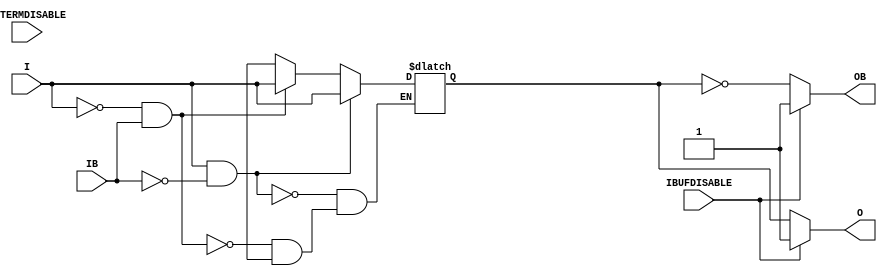
///////////////////////////////////////////////////////////////////////////////
// Copyright (c) 1995/2011 Xilinx, Inc.
// All Right Reserved.
///////////////////////////////////////////////////////////////////////////////
//   ____  ____
//  /   /\/   /
// /___/  \  /    Vendor : Xilinx
// \   \   \/     Version : 10.1
//  \   \         Description : Xilinx Functional Simulation Library Component
//  /   /                  Differential Signaling Input Buffer with Differential Outputs
// /___/   /\     Filename : IBUFDS_DIFF_OUT_INTERMDISABLE.v
// \   \  /  \    Timestamp : Wed Apr 20 17:49:56 PDT 2011
//  \___\/\___\
//
// Revision:
//    04/20/11 - Initial version.
//    06/15/11 - CR 613347 -- made ouput logic_1 when IBUFDISABLE is active
//    08/31/11 - CR 623170 -- added attribute USE_IBUFDISABLE
// End Revision

`timescale  1 ps / 1 ps


module IBUFDS_DIFF_OUT_INTERMDISABLE (O, OB, I, IB, IBUFDISABLE, INTERMDISABLE);

    parameter DIFF_TERM = "FALSE";
    parameter IBUF_LOW_PWR = "TRUE";
    parameter IOSTANDARD = "DEFAULT";
    parameter USE_IBUFDISABLE = "TRUE";

    output O; 
    output OB;

    input I;
    input IB;
    input IBUFDISABLE;
    input INTERMDISABLE;

    reg  o_out;

    initial begin
        case (DIFF_TERM)

            "TRUE", "FALSE" : ;
            default : begin
                          $display("Attribute Syntax Error : The attribute DIFF_TERM on IBUFDS_DIFF_OUT_INTERMDISABLE instance %m is set to %s.  Legal values for this attribute are TRUE or FALSE.", DIFF_TERM);
                          $finish;
                      end

        endcase // case(DIFF_TERM)

        case (IBUF_LOW_PWR)

            "FALSE", "TRUE" : ;
            default : begin
                          $display("Attribute Syntax Error : The attribute IBUF_LOW_PWR on IBUFDS_DIFF_OUT_INTERMDISABLE instance %m is set to %s.  Legal values for this attribute are TRUE or FALSE.", IBUF_LOW_PWR);
                          $finish;
                      end

        endcase

    end


    always @(I or IB) begin
	if (I == 1'b1 && IB == 1'b0)
	    o_out <= I;
	else if (I == 1'b0 && IB == 1'b1)
	    o_out <= I;
        else if (I == 1'bx || IB == 1'bx)
            o_out <= 1'bx;
    end

    generate
       case (USE_IBUFDISABLE)
          "TRUE" :  begin
                       assign O  = (IBUFDISABLE == 0)? o_out  : (IBUFDISABLE == 1)? 1'b1  : 1'bx;
                       assign OB = (IBUFDISABLE == 0)? ~o_out : (IBUFDISABLE == 1)? 1'b1  : 1'bx;
                    end
          "FALSE" : begin
                       assign O  =  o_out;
                       assign OB =  ~o_out;
                    end
       endcase
    endgenerate

endmodule